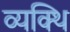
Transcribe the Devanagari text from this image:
व्यक्थि